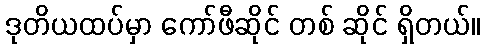
ဒုတိယထပ်မှာ ကော်ဖီဆိုင် တစ် ဆိုင် ရှိတယ်။